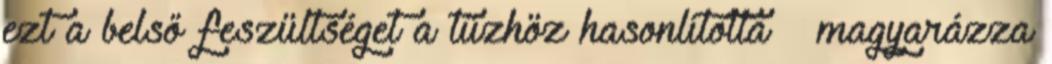
ezt a belső feszültséget a tűzhöz hasonlította – magyarázza